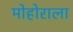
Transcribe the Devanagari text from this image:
मोहोराला